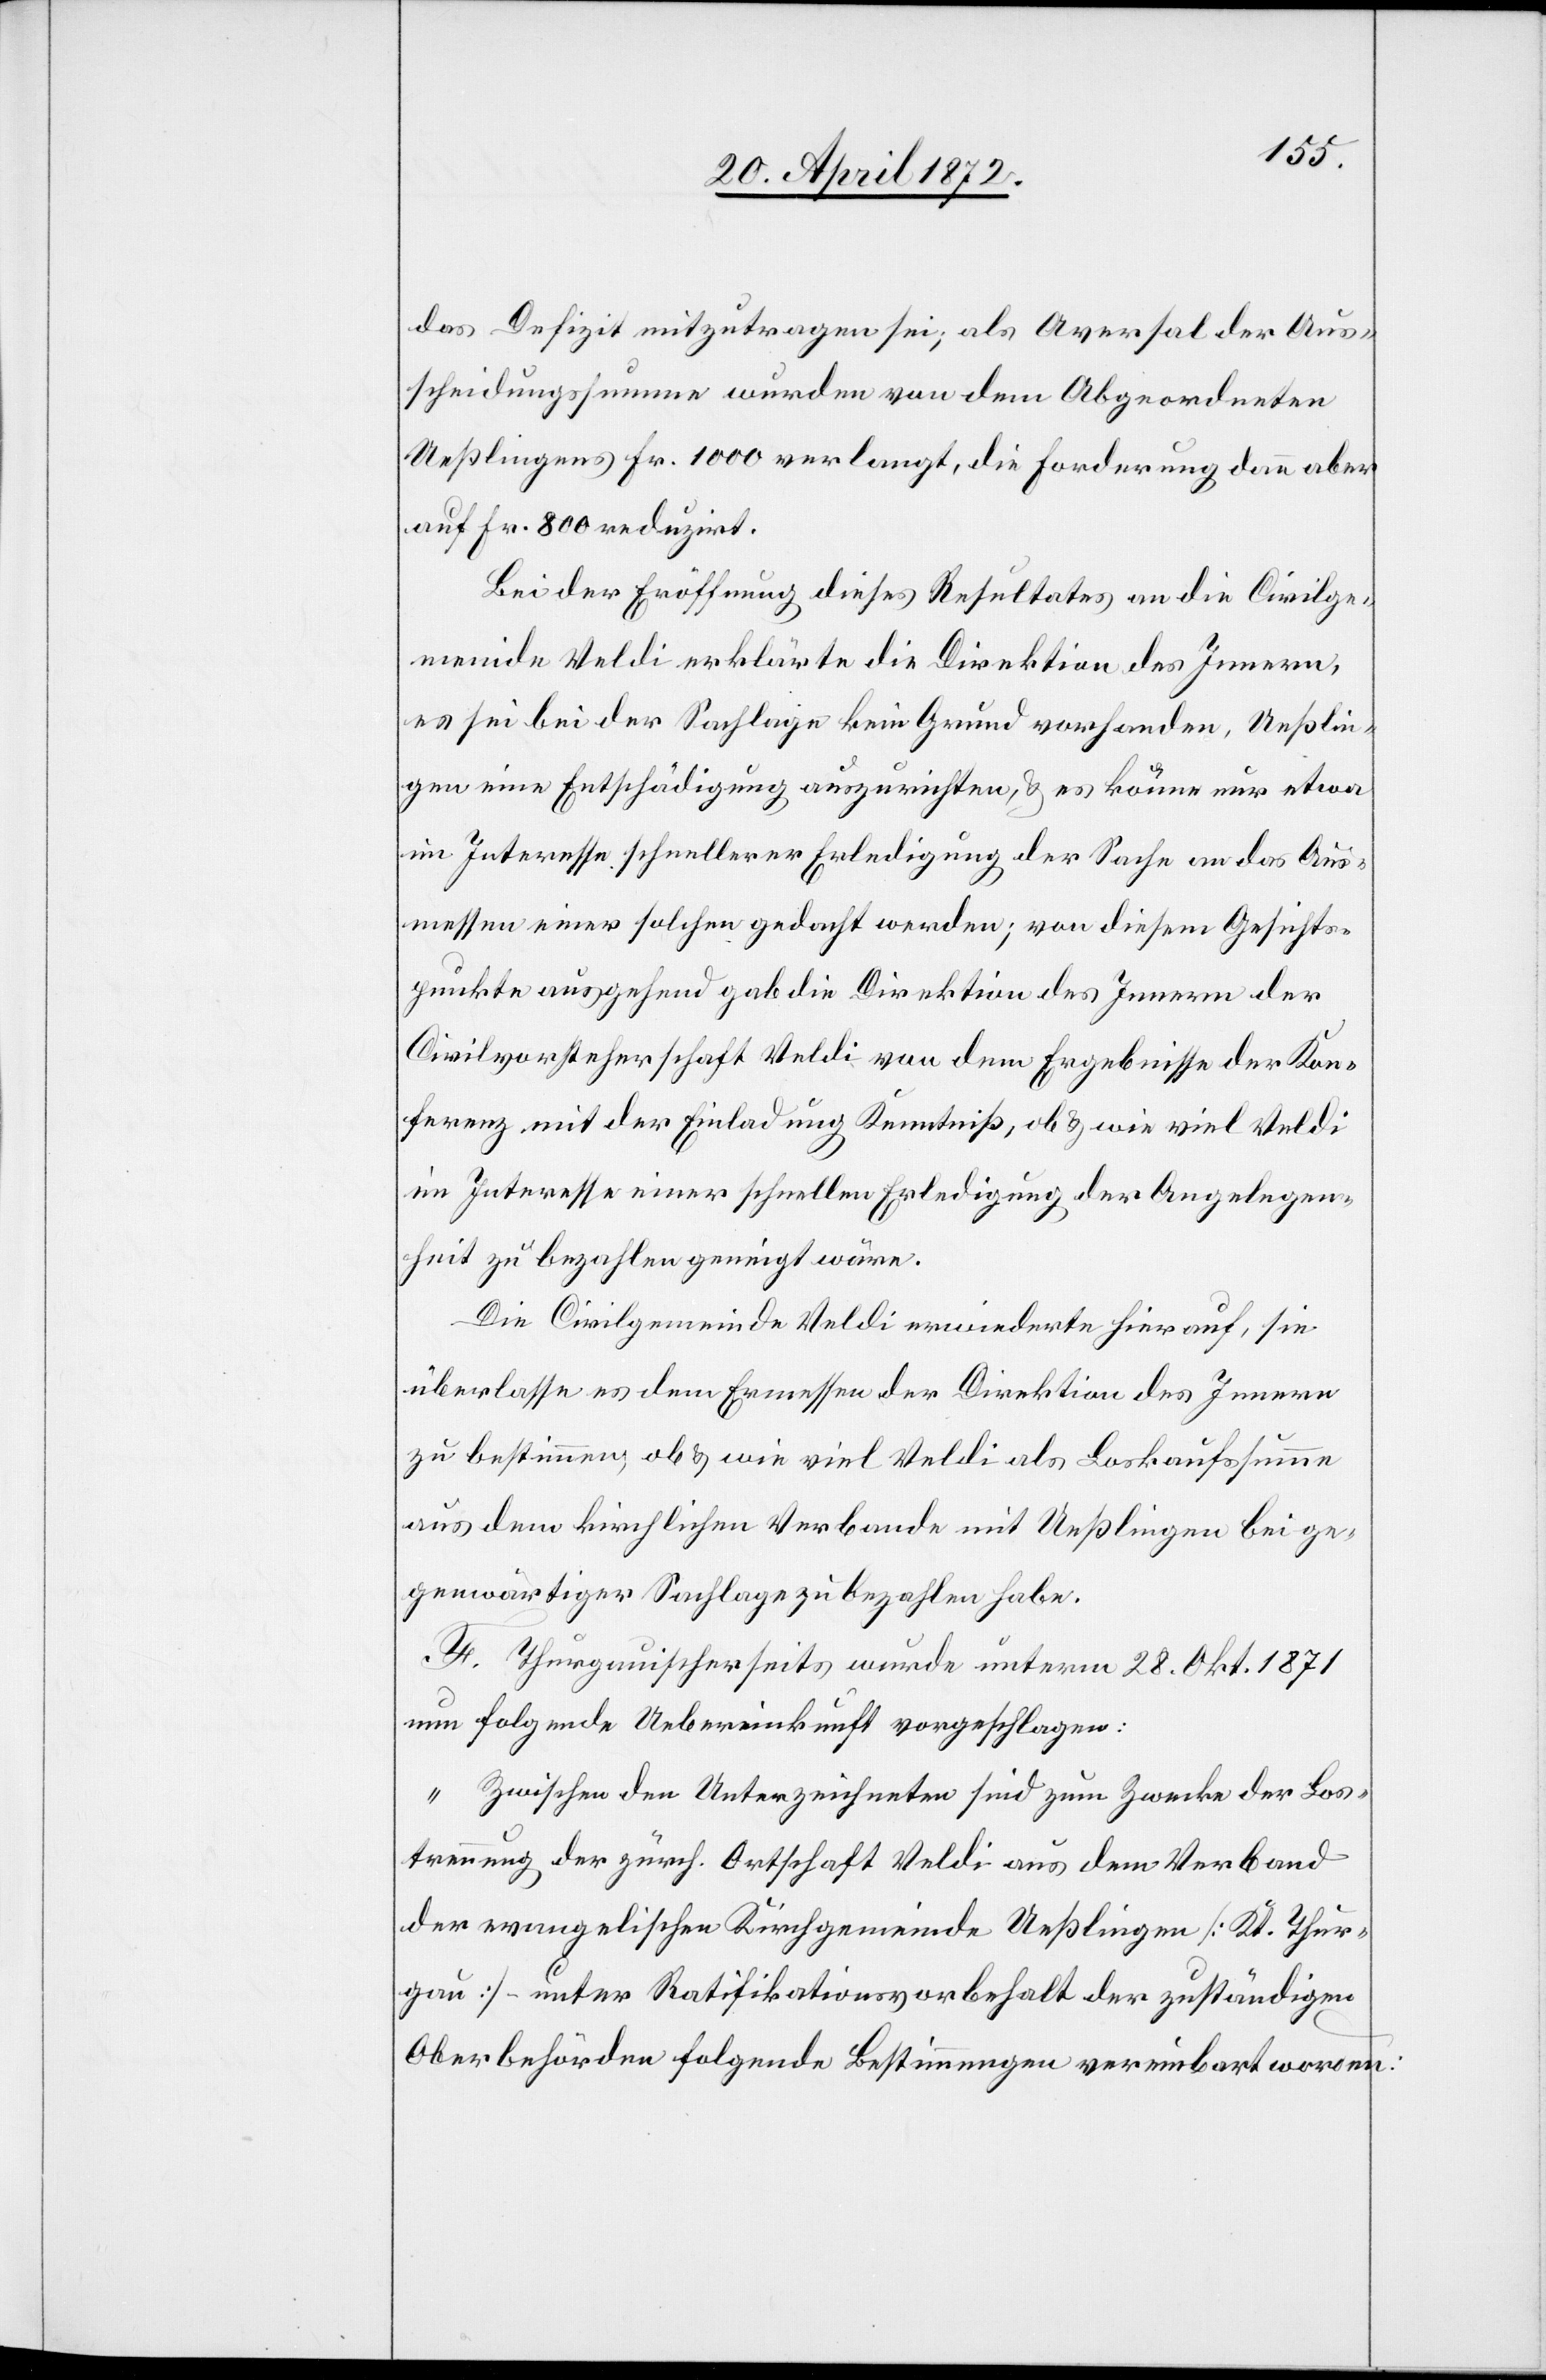
das Defizit mitzutragen sei; als Aversal der Aus¬
scheidungssumme wurden von dem Abgeordneten
Ueßlingens Fr. 1000 verlangt, die Forderung dann aber
auf Fr. 800 reduzirt.
Bei der Eröffnung dieses Resultates an die Civilge¬
meinde Veldi erklärte die Direktion des Innern,
es sei bei der Sachlage kein Grund vorhanden, Ueßlin¬
gen eine Entschädigung auszurichten, u. es könne nur etwa
im Interesse schnellerer Erledigung der Sache an das Aus¬
messen einer solchen gedacht werden; von diesem Gesichts¬
punkte ausgehend gab die Direktion des Innern der
Civilvorsteherschaft Veldi von dem Ergebnisse der Kon¬
ferenz mit der Einladung Kenntniß, ob u. wie viel Veldi
im Interesse einer schnellen Erledigung der Angelegen¬
heit zu bezahlen geneigt wäre.
Die Civilgemeinde Veldi erwiederte hierauf, sie
überlasse es dem Ermessen der Direktion des Innern
zu bestimmen, ob u. wie viel Veldi als Loskaufssumme
aus dem kirchlichen Verbande mit Ueßlingen bei ge¬
genwärtiger Sachlage zu bezahlen habe.
F. Thurgauischerseits wurde unterm 28. Okt. 1871
nun folgende Uebereinkunft vorgeschlagen:
„Zwischen den Unterzeichneten sind zum Zwecke der Los¬
trennung der zürch. Ortschaft Veldi aus dem Verband
der evangelischen Kirchgemeinde Ueßlingen [Kt. Thur¬
gau] – unter Ratifikationsvorbehalt der zuständigen
Oberbehörden folgende Bestimmungen vereinbart worden: